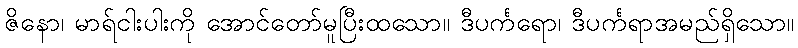
ဇိနော၊ မာရ်ငါးပါးကို အောင်တော်မူပြီးထသော။ ဒီပင်္ကရော၊ ဒီပင်္ကရာအမည်ရှိသော။